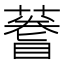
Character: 𫉫